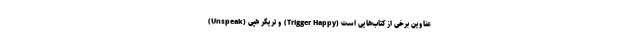
(Unspeak) و تریگر هپی (Trigger Happy) عناوین برخی از کتاب‌‌هایی است